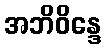
အဘိဝိန္ဒေ